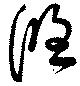
悠